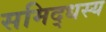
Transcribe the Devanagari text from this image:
समिद्धस्य